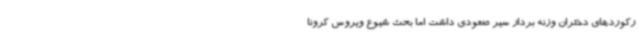
رکوردهای دختران وزنه بردار سیر صعودی داشت اما بحث شیوع ویروس کرونا